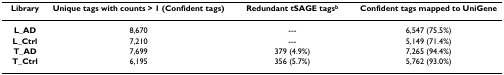
<table><thead><tr><td><b>Library</b></td><td><b>Unique tags with counts &gt; 1 (Confident tags)</b></td><td><b>Redundant tSAGE tags<sup>b</sup></b></td><td><b>Confident tags mapped to UniGene</b></td></tr></thead><tbody><tr><td><b>L_AD</b></td><td>8,670</td><td>---</td><td>6,547 (75.5%)</td></tr><tr><td><b>L_Ctrl</b></td><td>7,210</td><td>---</td><td>5,149 (71.4%)</td></tr><tr><td><b>T_AD</b></td><td>7,699</td><td>379 (4.9%)</td><td>7,265 (94.4%)</td></tr><tr><td><b>T_Ctrl</b></td><td>6,195</td><td>356 (5.7%)</td><td>5,762 (93.0%)</td></tr></tbody></table>